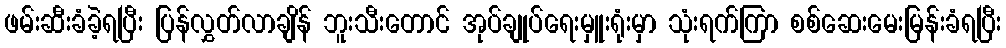
ဖမ်းဆီးခံခဲ့ရပြီး ပြန်လွှတ်လာချိန် ဘူးသီးတောင် အုပ်ချုပ်ရေးမှူးရုံးမှာ သုံးရက်ကြာ စစ်ဆေးမေးမြန်းခံရပြီး